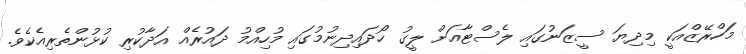
މަހްރޭޒްއަކީ މިދިޔަ ސީޒަނުގައި ލެސްޓާއަށް ލީގު ހޯދައިދިނުމުގައި މުހިއްމު ދައުރެއް އަދާކުރި ކުޅުންތެރިއެކެވެ.